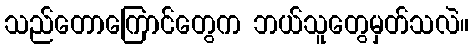
သည်တောကြောင်တွေက ဘယ်သူတွေမှတ်သလဲ။